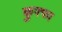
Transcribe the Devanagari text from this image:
कुफ्फा